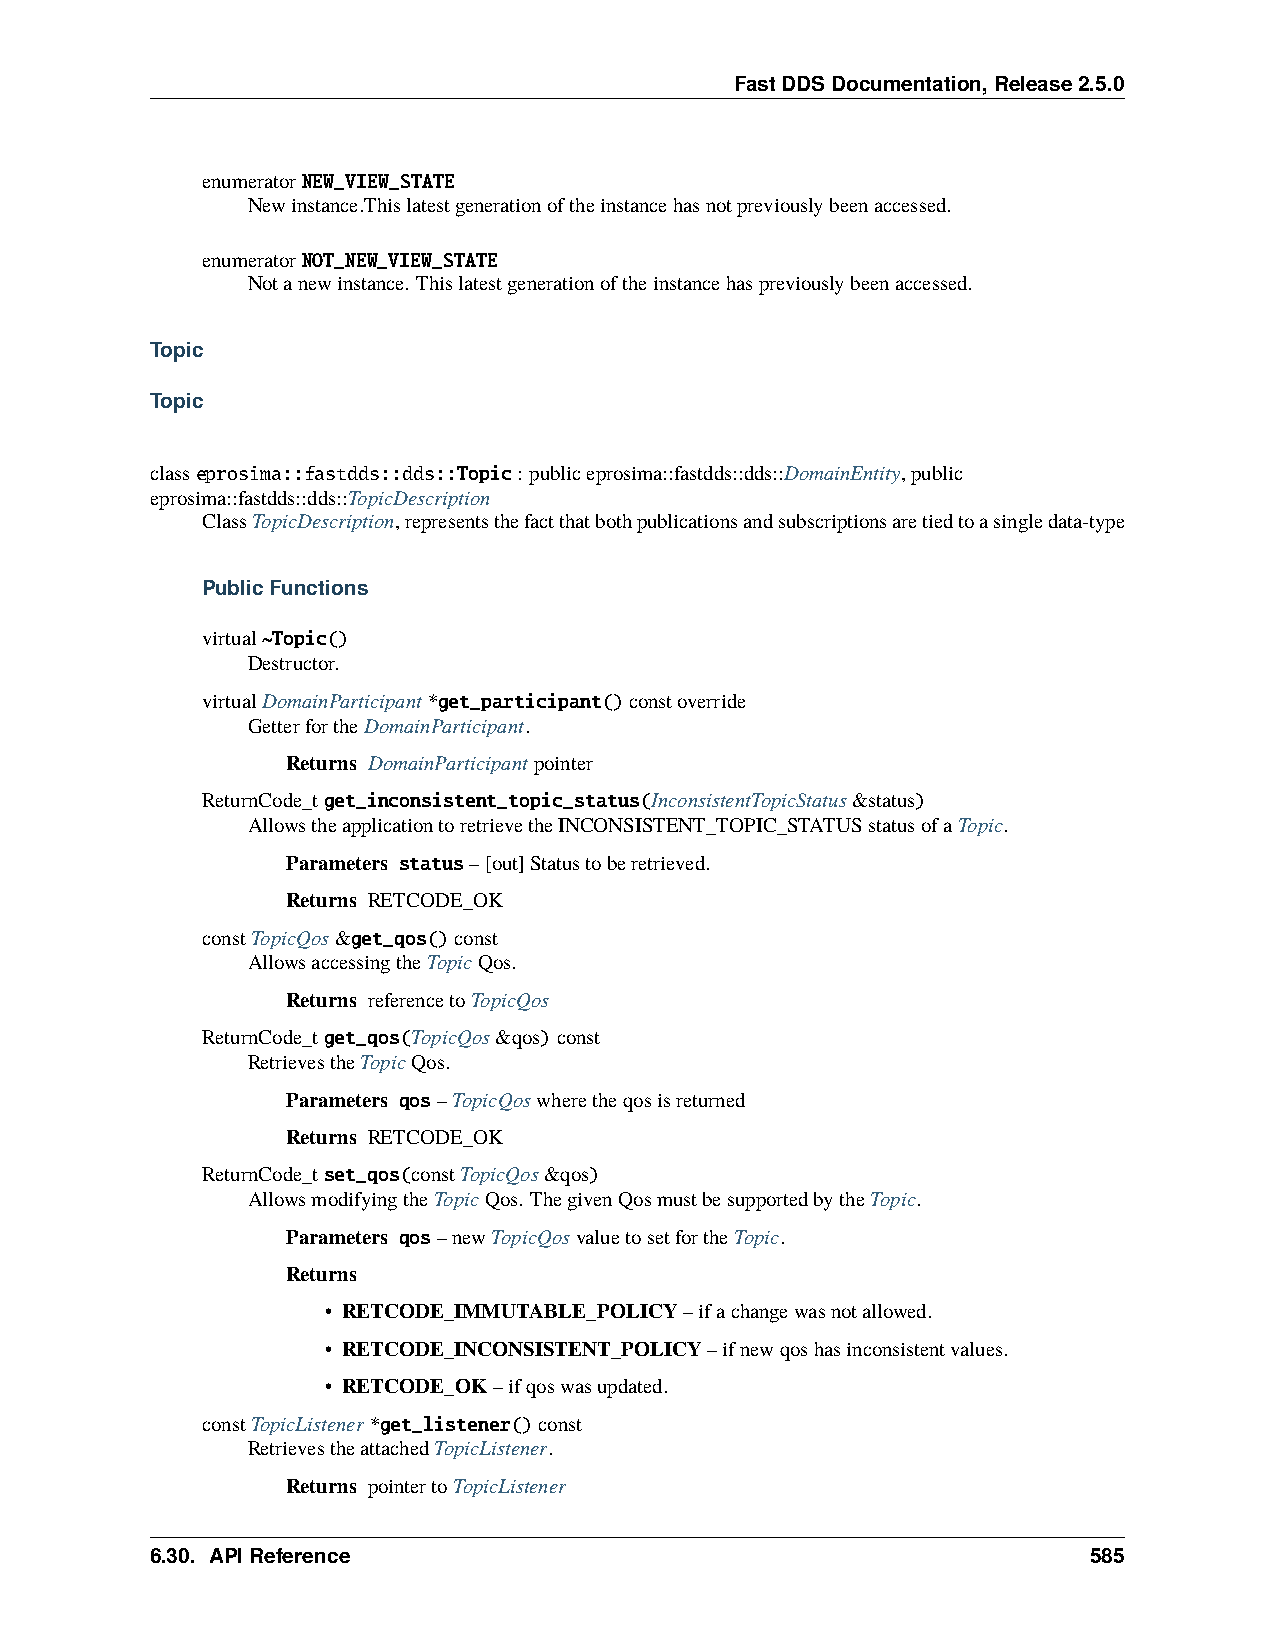
FastDDSDocumentation,Release2.5.0
 enumeratorNEW_VIEW_STATE
 Newinstance.Thislatestgenerationoftheinstancehasnotpreviouslybeenaccessed.
 enumeratorNOT_NEW_VIEW_STATE
 Notanewinstance. Thislatestgenerationoftheinstancehaspreviouslybeenaccessed.
 Topic
 Topic
 classeprosima::fastdds::dds::Topic: publiceprosima::fastdds::dds::DomainEntity,public
 eprosima::fastdds::dds::TopicDescription
 ClassTopicDescription,representsthefactthatbothpublicationsandsubscriptionsaretiedtoasingledata-type
 PublicFunctions
 virtual~Topic()
 Destructor.
 virtualDomainParticipant*get_participant()constoverride
 GetterfortheDomainParticipant.
 Returns DomainParticipantpointer
 ReturnCode_tget_inconsistent_topic_status(InconsistentTopicStatus&status)
 AllowstheapplicationtoretrievetheINCONSISTENT_TOPIC_STATUSstatusofaTopic.
 Parameters status–[out]Statustoberetrieved.
 Returns RETCODE_OK
 constTopicQos&get_qos()const
 AllowsaccessingtheTopicQos.
 Returns referencetoTopicQos
 ReturnCode_tget_qos(TopicQos&qos)const
 RetrievestheTopicQos.
 Parameters qos–TopicQoswheretheqosisreturned
 Returns RETCODE_OK
 ReturnCode_tset_qos(constTopicQos&qos)
 AllowsmodifyingtheTopicQos. ThegivenQosmustbesupportedbytheTopic.
 Parameters qos–newTopicQosvaluetosetfortheTopic.
 Returns
 • RETCODE_IMMUTABLE_POLICY–ifachangewasnotallowed.
 • RETCODE_INCONSISTENT_POLICY–ifnewqoshasinconsistentvalues.
 • RETCODE_OK–ifqoswasupdated.
 constTopicListener*get_listener()const
 RetrievestheattachedTopicListener.
 Returns pointertoTopicListener
 6.30. APIReference                                            585